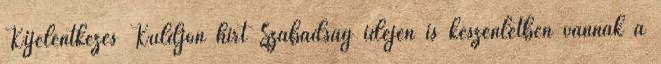
Kijelentkezés Küldjön hírt Szabadság idején is készenlétben vannak a